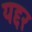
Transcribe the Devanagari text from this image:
यद्दर